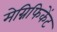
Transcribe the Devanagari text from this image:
मेग्निफिकेंट